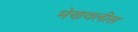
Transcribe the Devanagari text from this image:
मेणवलीस